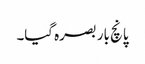
پانچ بار بصرہ گیا۔